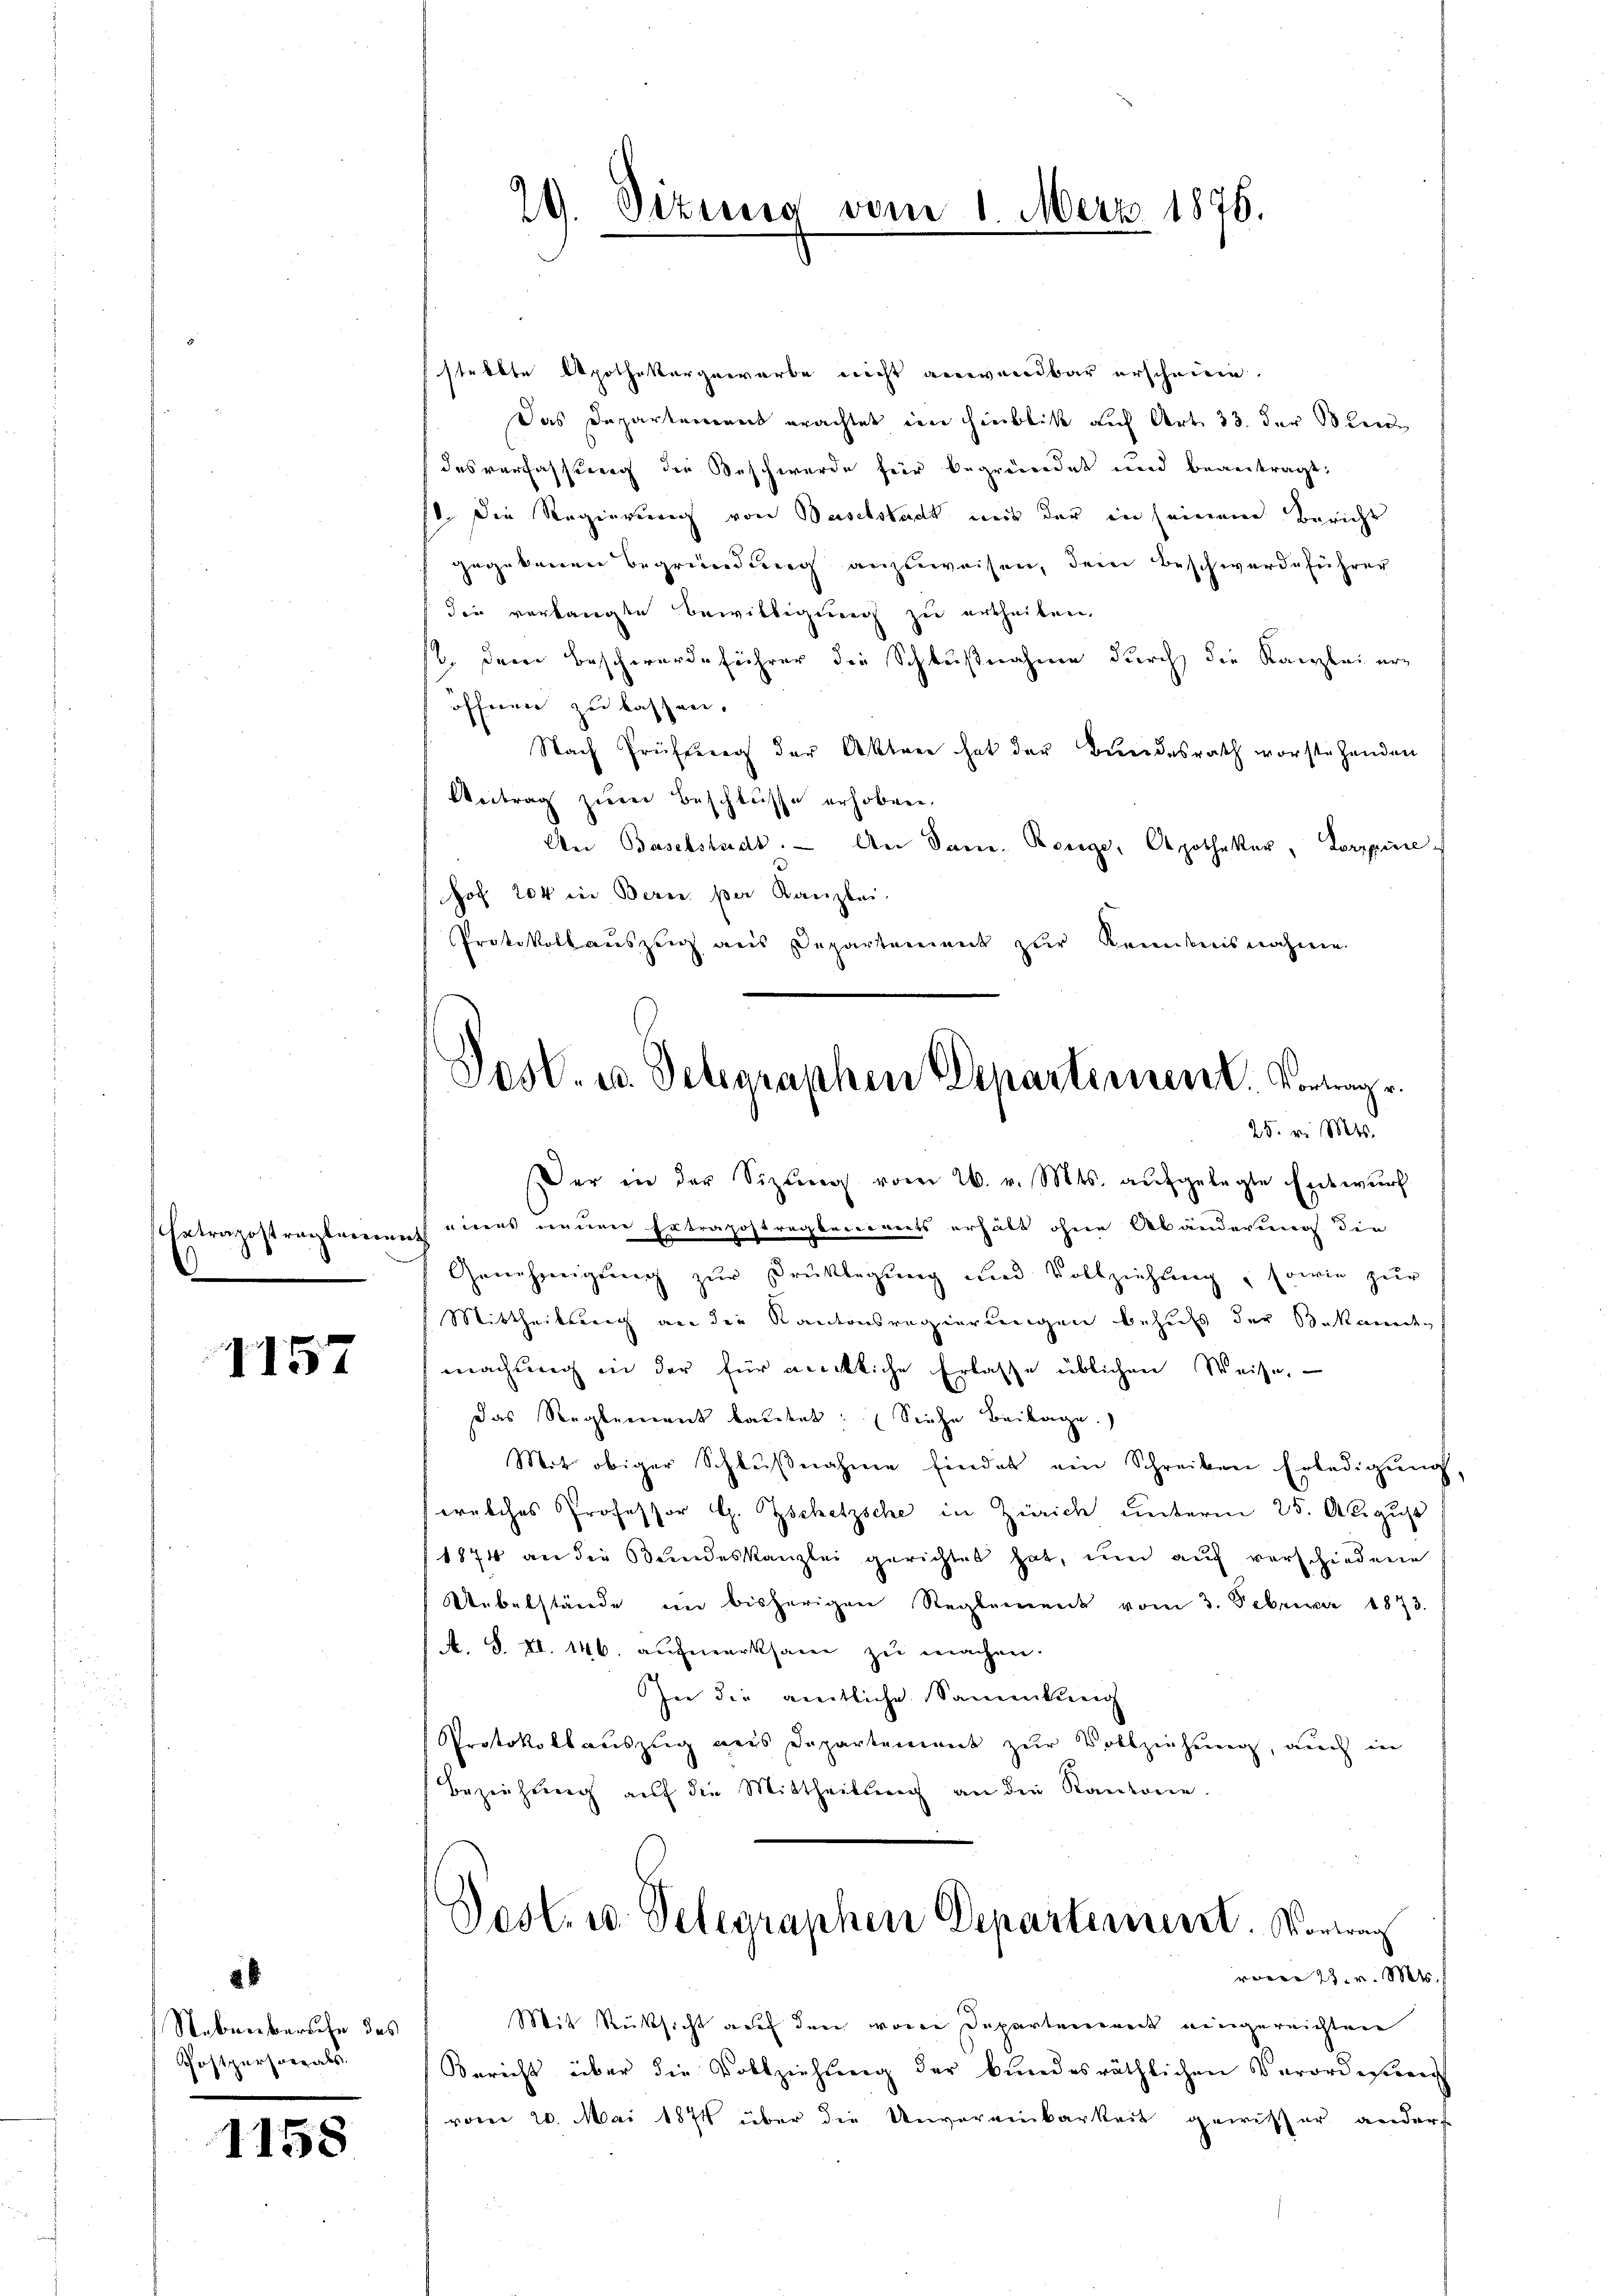
Krazostreglemen
.

1157

Nebenberuhe des
Gostpersonals.

1158

stellte Apothekargewarbe nicht anwendbar erscheinen.
Das Departerient erachtet im Hinblick auch Art. 33. der Seide
desverfassung die Beschwerde für begründet und begeitragt:
. Die Regierung von Baselstadt mit der in seinem Bericht
gegebenen Begründung anzuweisen, dem Beschwerdeführer
die verlangte Bewilligung zu urtheilen.
12. Der Beschwerdeführer die Schlußnahme durch die Kanzlei eröffnen zu lassen.
Nach Prüfung der Akten hat der Bundesrath vorstehenden
Vertrag zum Beschlüsse erhobene.
An Baselstadt. An Sam. Benge, Apotheker, Torppinehof 204 in Bern per Kanzlei.
Protokoll auszug aus Departement zur Kenntnisnahme

29. Sizung vom 1. Merz 1876.

Post. u. Telegraphen Departement. Vorwar
25. v. Mts.

Der in der Sitzŭng vom 26. v. Mts. aŭfgelegte Entwŭrf
seines neuen Ertragsstragbereinets erhält ohne Abänderung die
Genehmigung zur Drüklegung und Vollziehung, sowie zur
Mittheilsreich an die Kantonsregierungen behufs der Bekannte
machung in der für rückliche Erlasse üblichen Weise,
das Reglement bautet: (Siehe Beilage.
Mit obiger Schlußnahme findet ein Schreiben Erledigung,
welches Professor G. Zschetzsche in Zürich unterm 25. August
1874 an die Beendeskanzlei gerichtet hat, und auf verschiedene
Uebelstände im bisherigen Reglement vom 3. Februar 1873.
A. S. XI. 146. aufmerksam zu machen.
In die amtliche Sammlung
Protokollauszug aus Departement zŭr Vollziehung, auch in
Beziehung auf die Mittheilung an die Kantone.

Post. u. Telegraphen Departement. Vortrag

von 23. v. Mts.
Mit Rücksicht auf den von Departement eingereichten
Bericht über die Vollziehŭng der bundesräthlichen Verordnung
vom 20. Mai 1874 über die Unvereinbarkeit gewisser anderse